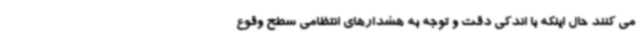
می کنند حال اینکه با اندکی دقت و توجه به هشدارهای انتظامی سطح وقوع